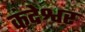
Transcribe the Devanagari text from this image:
कंदेश्वर